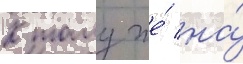
К тому же́ на́